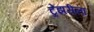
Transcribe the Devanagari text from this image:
ट्रेझरीला